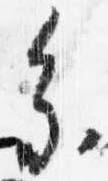
参